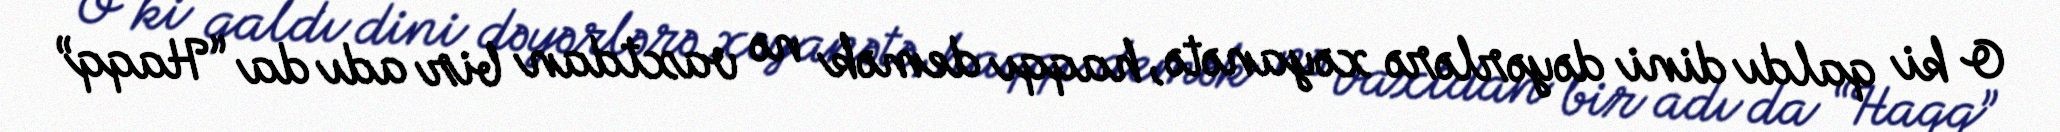
O ki qaldı dini dəyərlərə xəyanətə, haqqı demək nə vaxtdan bir adı da “Haqq”